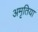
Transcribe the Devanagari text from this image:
अमृतिया